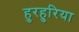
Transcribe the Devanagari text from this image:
हुरहुरिया